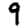
Digit: 9